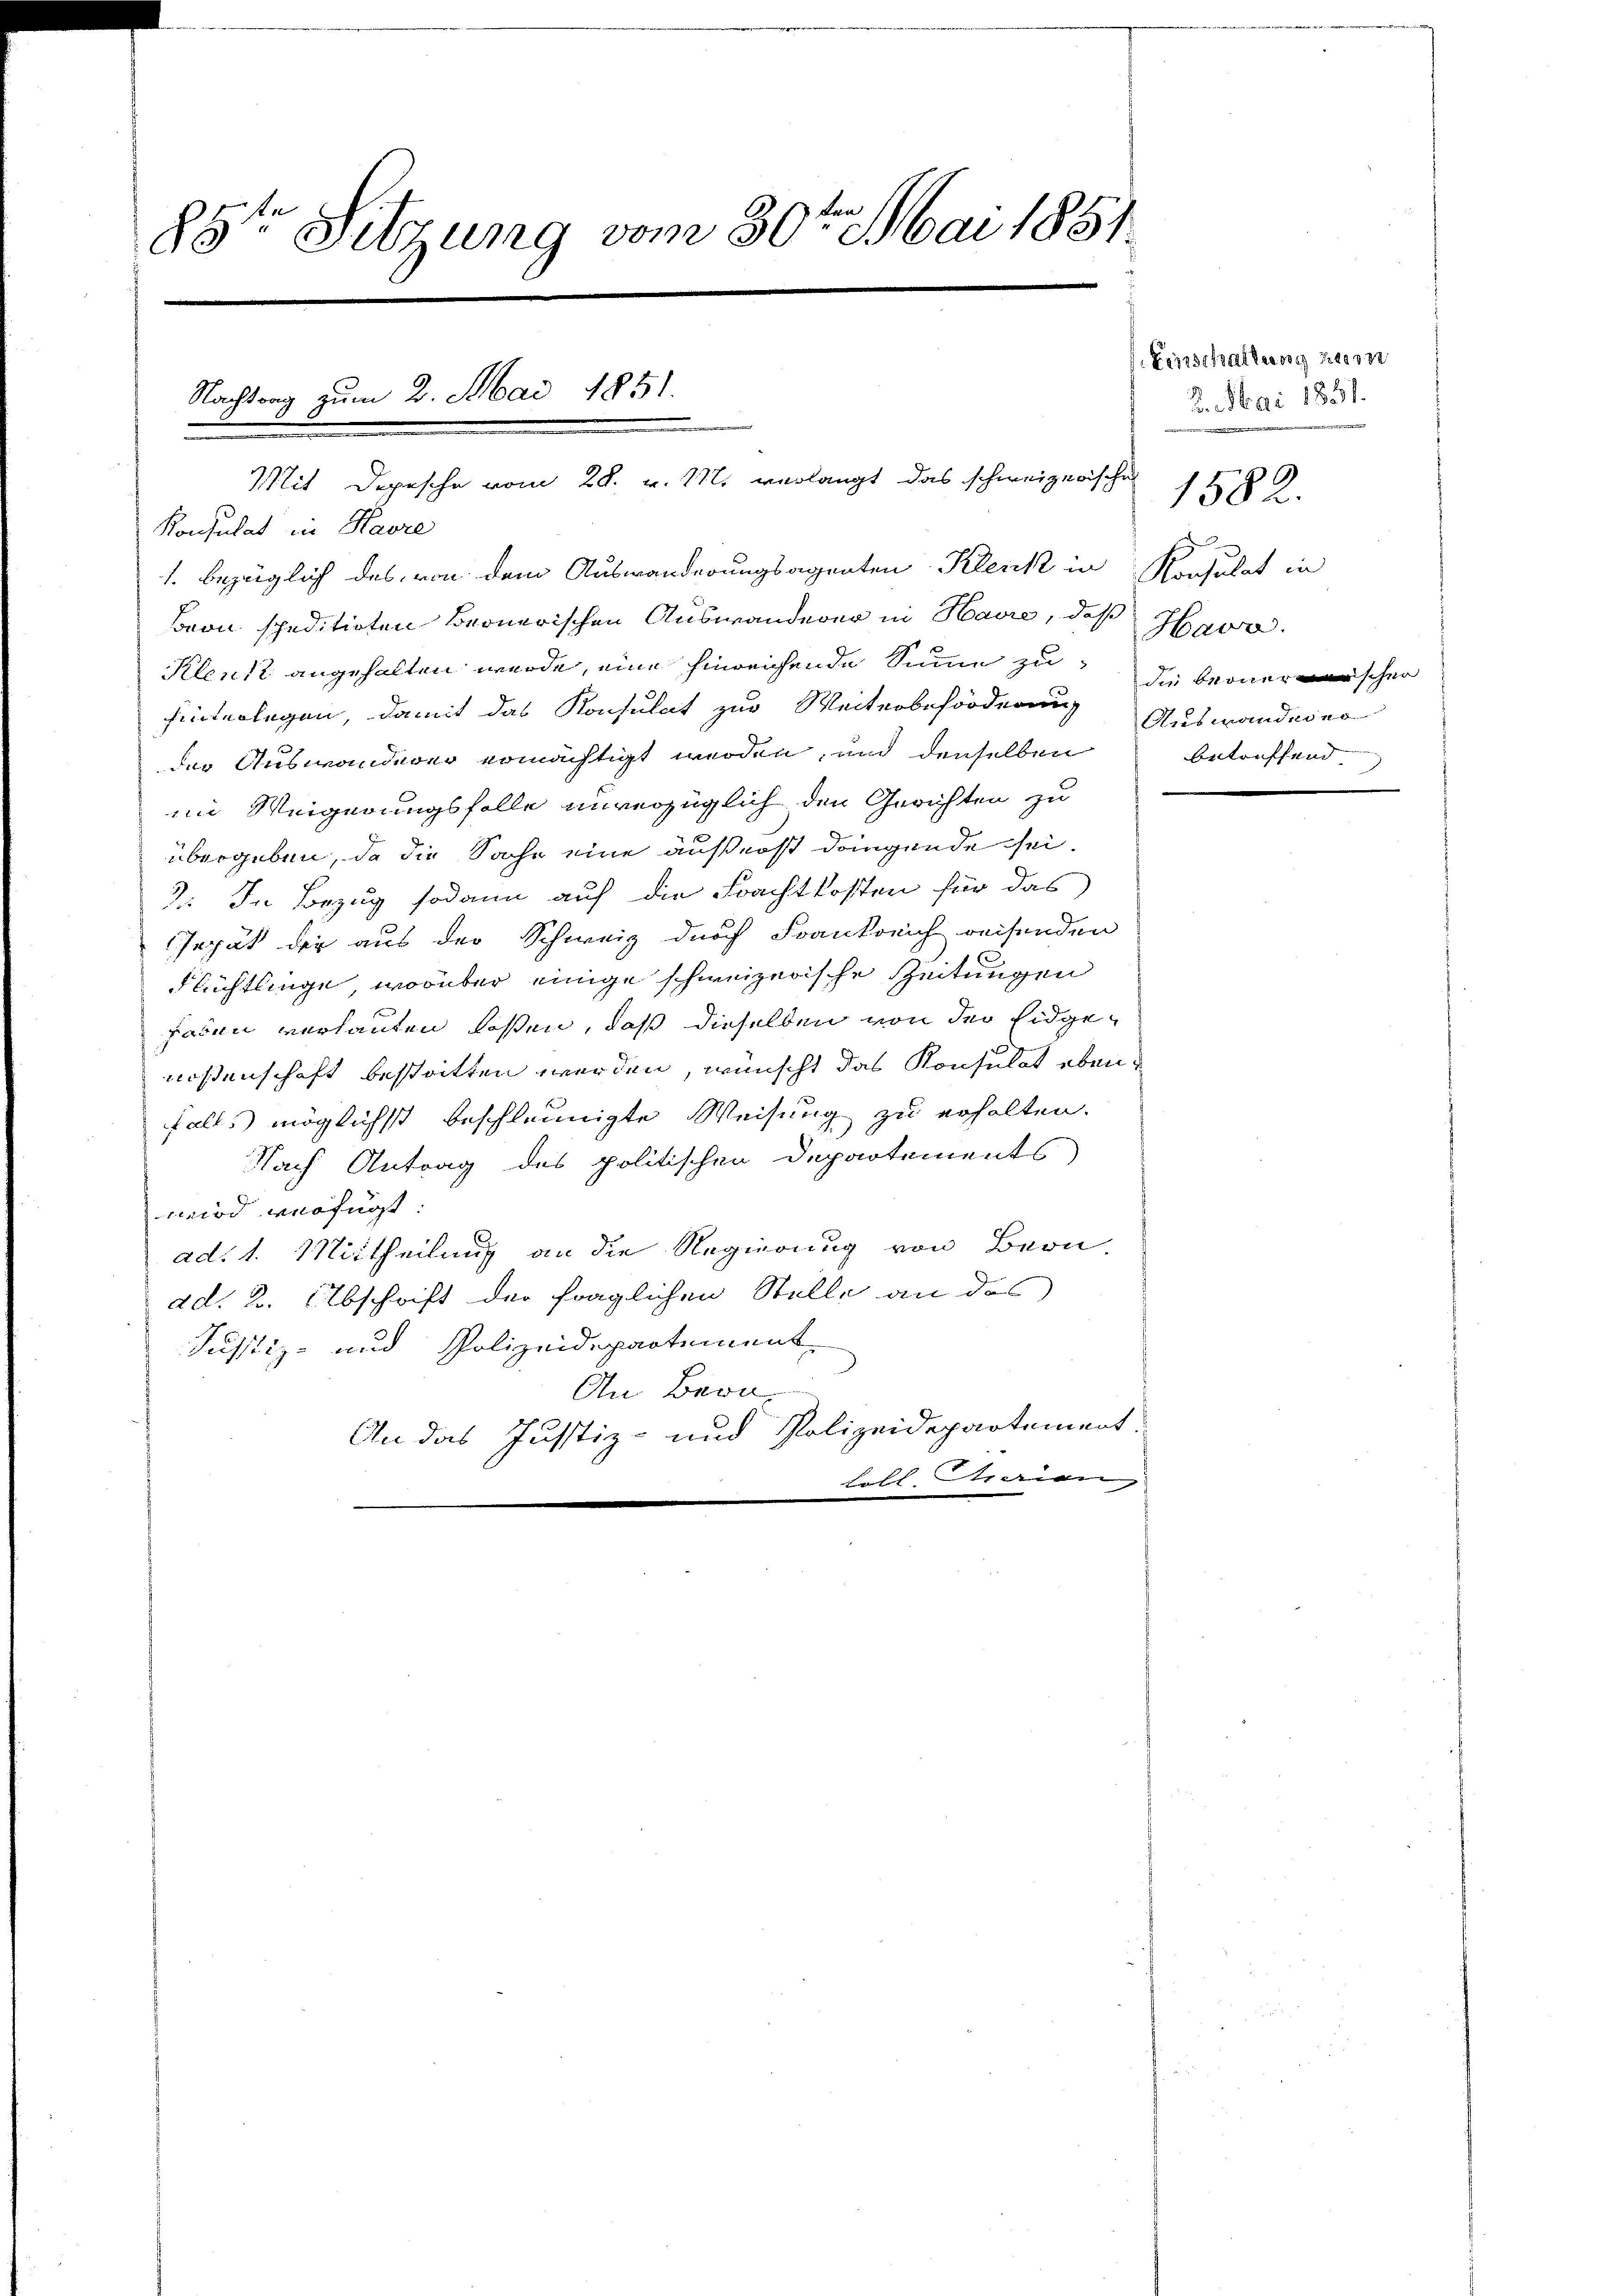
85te Sitzung vom 30ten Mai 1851.

Nachtrag zum 2. Mai 1851.
Mit Depesche vom 28. v. M. verlangt das schweizerische

Konsulat in Havre
1. bezüglich des von dem Auswanderungsagenten Klenk in Konsulat in
Beon speditirten Bernerischen Auswanderer in Havre, daß Havr
Klenkt angehalten werde, eine hinreichende Sinne zu die bernerischer
hinterlegen, damit das Konsulat zur Weiterbeförderung
der Auswanderer ermächtigt werden, und denselben
im Weigerungsfalle unverzüglich den Gerichten zu
übergeben, da die Sache eine äußerst dringende sei.
2. In Bezug sodann auf die Frachtkosten für das
Iepät der aus der Schweiz durch Frankreich weisenden
.
Flüchtlinge, worüber einige schweizerische Zeitungen
F
faden verlauten laßen, daß dieselben von der Eidgenossenschaft bestritten werden, wünscht das Konsulat ebenfalls möglichst beschleunigte Weisung zu erhalten.
Nach Antrag des politischen Departements
wird verfügt:
ad. 1. Mittheilung an die Regierung von Bern.
dd. 2. Abschrift der fraglichen Stelle an das
Justiz- und Polizeidepartement
An Bern.
An das Justiz- und Polizeidepartement.
koll Charian,

Einschaftung hiern
2. Mai 1831.
Auswandeinr
betreffend

1582.